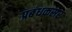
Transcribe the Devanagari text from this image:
प्रबंधकसर